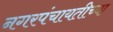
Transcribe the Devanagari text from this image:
नगरपंचायतीच्या